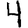
Digit: 4